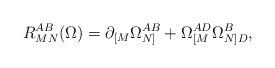
LaTeX: \begin{align*}R_{MN}^{AB}(\Omega)=\partial_{[M}\Omega_{N]}^{AB}+\Omega_{[M}^{AD}\Omega_{N]D}^B,\end{align*}